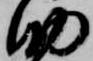
助